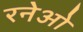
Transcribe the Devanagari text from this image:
रनेओ